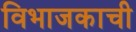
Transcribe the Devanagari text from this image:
विभाजकाची